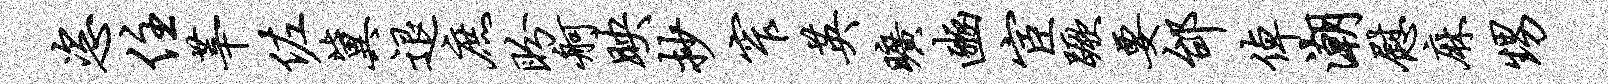
恣住莘佐冀退庶盼舸映抄窄英旷豳宦蹶要邰倬潮慰麻甥